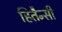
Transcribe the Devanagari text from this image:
हितैन्सी